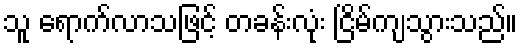
သူ ရောက်လာသဖြင့် တခန်းလုံး ငြိမ်ကျသွားသည်။